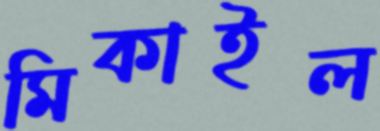
মিকাইল